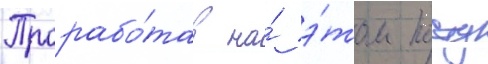
Прорабо́тав на́ э́том посту